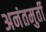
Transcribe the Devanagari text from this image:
अनंतमुर्ती